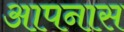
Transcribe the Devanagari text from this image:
आपनास